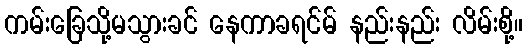
ကမ်းခြေသို့မသွားခင် နေကာခရင်မ် နည်းနည်း လိမ်းစို့။